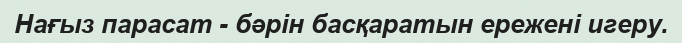
Нағыз парасат - бәрін басқаратын ережені игеру.